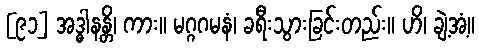
[၉၁] အဒ္ဓါနန္တိ၊ ကား။ မဂ္ဂဂမနံ၊ ခရီးသွားခြင်းတည်း။ ဟိ၊ ချဲ့အံ့။